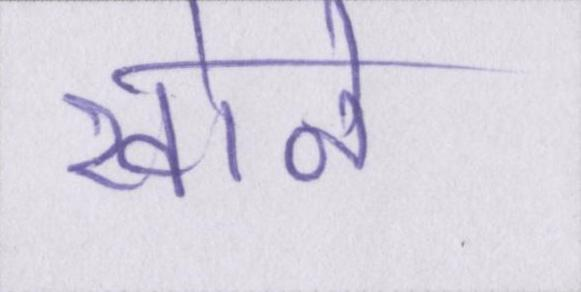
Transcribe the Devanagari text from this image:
खोने